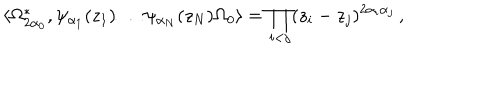
\langle \Omega _ { 2 \alpha _ { 0 } } ^ { * } , \psi _ { \alpha _ { 1 } } ( z _ { 1 } ) \ldots \psi _ { \alpha _ { N } } ( z _ { N } ) \Omega _ { 0 } \rangle = \prod _ { i < j } ( z _ { i } - z _ { j } ) ^ { 2 \alpha _ { i } \alpha _ { j } } \, ,